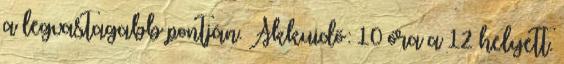
a legvastagabb pontján. Akkuidő: 10 óra a 12 helyett.